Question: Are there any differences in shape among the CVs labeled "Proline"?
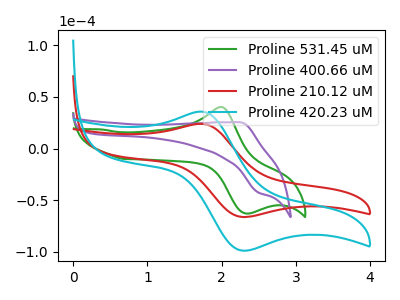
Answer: <think>The green curve "Proline 531.45 uM" has an anodic peak at (2.00V, 40.35uA) and a cathodic peak at (2.30V, -62.75uA). The purple curve "Proline 400.66 uM" has an anodic peak at (2.25V, 25.55uA) and a cathodic peak at (2.50V, -42.60uA). The red curve "Proline 210.12 uM" has an anodic peak at (1.75V, 24.00uA) and a cathodic peak at (2.30V, -66.10uA). The cyan curve "Proline 420.23 uM" has an anodic peak at (1.75V, 35.80uA) and a cathodic peak at (2.30V, -98.65uA).
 "Proline 531.45 uM" and "Proline 400.66 uM" have at least one peak that do not match. "Proline 531.45 uM" and "Proline 210.12 uM" have at least one peak that do not match. "Proline 531.45 uM" and "Proline 420.23 uM" have at least one peak that do not match. "Proline 400.66 uM" and "Proline 210.12 uM" have at least one peak that do not match. "Proline 400.66 uM" and "Proline 420.23 uM" have at least one peak that do not match. All the peaks in "Proline 210.12 uM" have a peak in "Proline 420.23 uM" at the same potential. Every peak in "Proline 210.12 uM" is lower than every peak in "Proline 420.23 uM".</think>
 <answer>All the CV's of "Proline" have similar shape.</answer>
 <eval>follow_rule</eval>